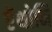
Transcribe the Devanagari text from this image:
ऐंथोनि